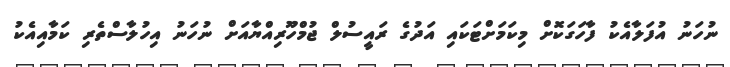
ނުހަނު އުފަލާއެކު ފާހަގަކޮށް މިކަމަށްޓަކައި އަދުގެ ރައީސުލް ޖުމްހޫރިއްޔާއަށް ނުހަނު އިހުލާސްތެރި ކަމާއިއެކު